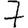
Digit: 7